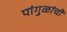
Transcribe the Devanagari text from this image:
पांगुळांची